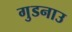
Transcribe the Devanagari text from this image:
गुडनाउ